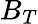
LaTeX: B_{T}